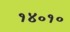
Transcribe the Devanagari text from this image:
१४०१०